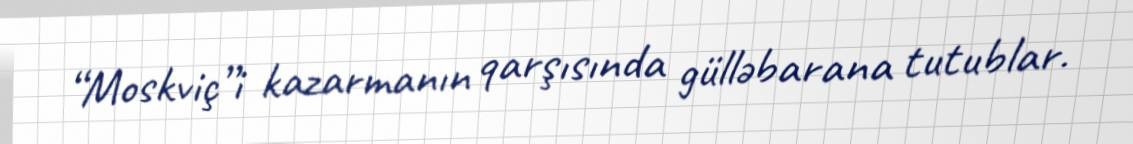
“Moskviç”i kazarmanın qarşısında gülləbarana tutublar.